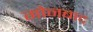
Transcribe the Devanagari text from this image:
गोनबाद